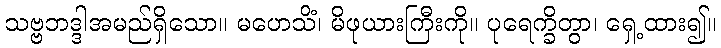
သဗ္ဗဘဒ္ဒါအမည်ရှိသော။ မဟေသိံ၊ မိဖုယားကြီးကို။ ပုရေက္ခိတွာ၊ ရှေ့ထား၍။